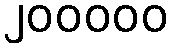
၂၀၀၀၀၀